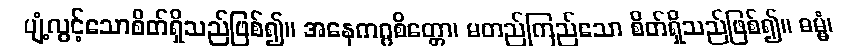
ပျံ့လွင့်သောစိတ်ရှိသည်ဖြစ်၍။ အနေကဂ္ဂစိတ္တော၊ မတည်ကြည်သော စိတ်ရှိသည်ဖြစ်၍။ ဓမ္မံ၊